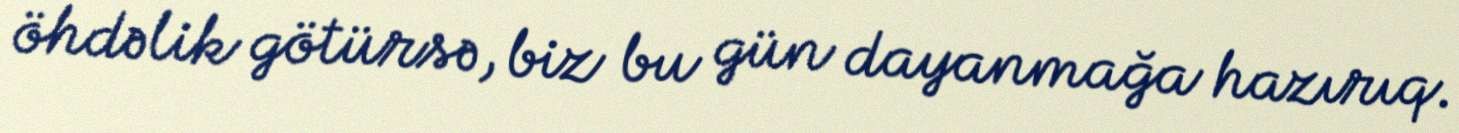
öhdəlik götürsə, biz bu gün dayanmağa hazırıq.